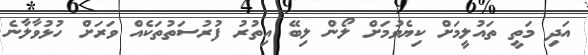
އަދި މަތީ ތައުލީމަށް ކިޔެވުމަށް ލޯން ލިބޭ އިތުރު ފުރުސަތުތަކެއް ވަރަށް ހުޅުވާލާނެ